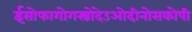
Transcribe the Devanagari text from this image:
ईसोफागोगस्त्रोदेउओदीनोसकोपी